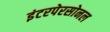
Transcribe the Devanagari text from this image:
इंटरपेरसोनल